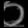
Digit: ၀